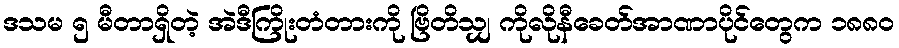
ဒသမ ၅ မီတာရှိတဲ့ အဲဒီကြိုးတံတားကို ဗြိတိသျှ ကိုလိုနီခေတ်အာဏာပိုင်တွေက ၁၈၈၀